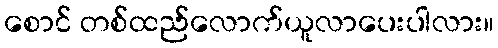
စောင် တစ်ထည်လောက်ယူလာပေးပါလား။